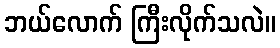
ဘယ်လောက် ကြီးလိုက်သလဲ။